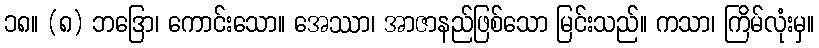
၁၈။ (၈) ဘဒြော၊ ကောင်းသော။ အေဿာ၊ အာဇာနည်ဖြစ်သော မြင်းသည်။ ကသာ၊ ကြိမ်လုံးမှ။